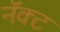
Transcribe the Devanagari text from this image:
नॅक्ट